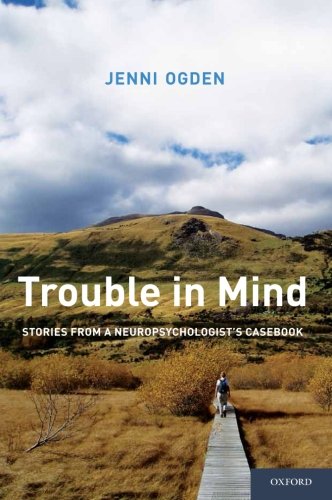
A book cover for Trouble in Mind: Stories from a Neuropsychologist's Casebook; Jenni Ogden; Biographies & Memoirs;